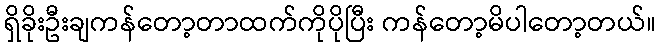
ရှိခိုးဦးချကန်တော့တာထက်ကိုပိုပြီး ကန်တော့မိပါတော့တယ်။